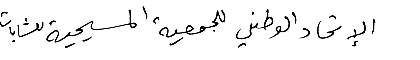
الإتحاد الوطني للجمعية المسيحية للشابات